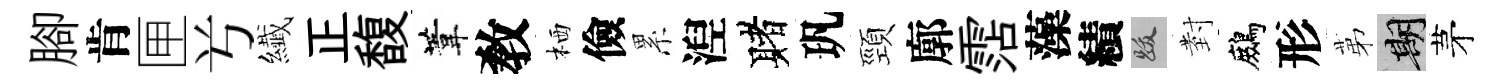
腳肯匣𠔃纎正馥葦敎栖儉累湼赌㺬頸廓霑藻績跋𭔹鷓形苐期茅